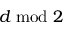
d \bmod { 2 }